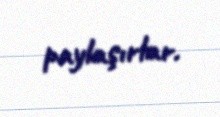
paylaşırlar.